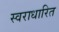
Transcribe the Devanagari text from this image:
स्वराधारित